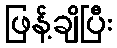
ဖြန့်ချိပြီး